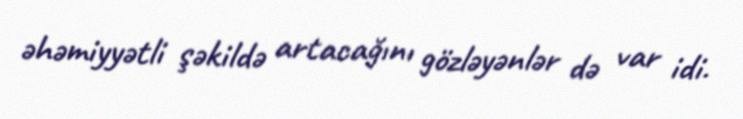
əhəmiyyətli şəkildə artacağını gözləyənlər də var idi.